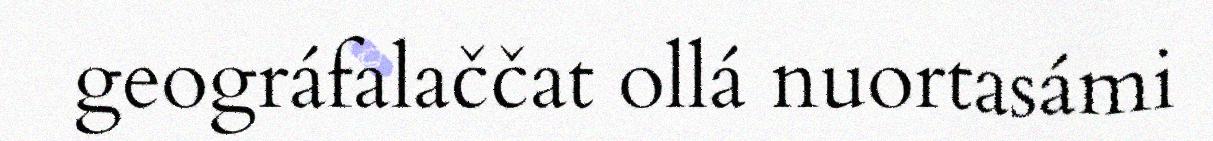
geográfalaččat ollá nuortasámi